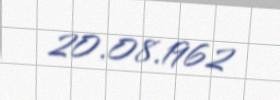
20.08.1962